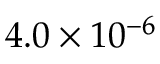
4 . 0 \times 1 0 ^ { - 6 }